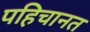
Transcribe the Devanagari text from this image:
पहिचानत